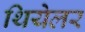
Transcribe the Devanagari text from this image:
थियेलर